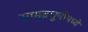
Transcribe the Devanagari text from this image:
सामुद्रधुनीमध्ये